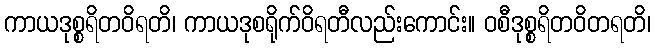
ကာယဒုစ္စရိတဝိရတိ၊ ကာယဒုစရိုက်ဝိရတီလည်းကောင်း။ ဝစီဒုစ္စရိတဝိတရတိ၊